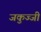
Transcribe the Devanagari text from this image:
जकुज्जी